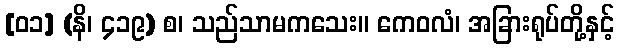
[၀၁] (နိ၊ ၄၁၉) စ၊ သည်သာမကသေး။ ကေဝလံ၊ အခြားရုပ်တို့နှင့်